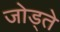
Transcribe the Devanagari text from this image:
जोड्ते